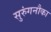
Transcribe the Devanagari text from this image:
सुरुंगनौका